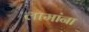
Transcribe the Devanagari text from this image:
लामांना